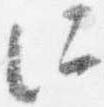
所